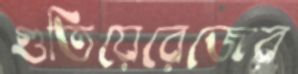
গুতিয়েরেজের